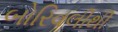
બોરિવલીથી